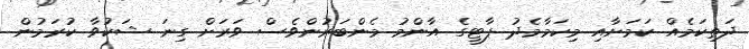
ދަތިކަމެއް ކަމަށާއި މިކަމާމެދު ޕާޓީގެ އާންމު މެންބަރުންވެސް ވަރަށް ގިނަ ޝަކުވާ ކުރަމުން